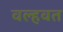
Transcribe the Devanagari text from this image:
वल्हवत